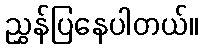
ညွှန်ပြနေပါတယ်။